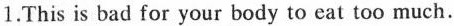
1.This is bad for your body to eat too much.